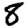
Digit: 8